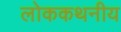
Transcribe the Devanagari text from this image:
लोककथनीय